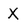
Character: X